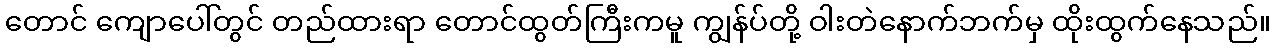
တောင် ကျောပေါ်တွင် တည်ထားရာ တောင်ထွတ်ကြီးကမူ ကျွန်ပ်တို့ ဝါးတဲနောက်ဘက်မှ ထိုးထွက်နေသည်။